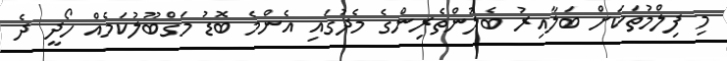
މި ފިލްމުތަކަށް ބަލާއިރު ބެލުންތެރިންގެ މެދުގައި އެންމެ ބޮޑު މަގްބޫލުކަމެއް ހޯދީ ދެ